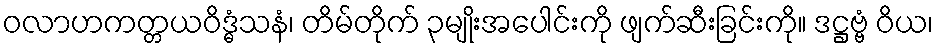
ဝလာဟကတ္တယဝိဒ္ဓံသနံ၊ တိမ်တိုက် ၃မျိုးအပေါင်းကို ဖျက်ဆီးခြင်းကို။ ဒဋ္ဌဗ္ဗံ ဝိယ၊